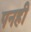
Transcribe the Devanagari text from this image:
पनही